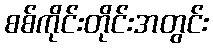
စစ်ကိုင်းတိုင်းအတွင်း